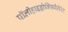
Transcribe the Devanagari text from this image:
पॉलीहाइड्रोक्सिवैलेरेट